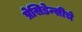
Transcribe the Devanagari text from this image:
प्रेसिडेन्सीचे